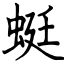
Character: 蜓